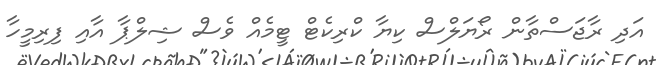
އަދި ރާޖަސްތާން ރޯޔަލްސް ކިޔާ ކްރިކެޓް ޓީމެއް ވެސް ޝިލްޕާ އާއި ފިރިމީހާ